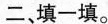
二、填一填。